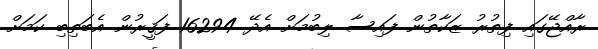
ރާއްޖޭގައި ފިތުރު ޒަކާތުން ފައިސާ ލިބުމަށް އެދޭ 16294 ފަޤީރުން އެބަތިބި ކަމަށް